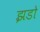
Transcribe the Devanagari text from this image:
झडो